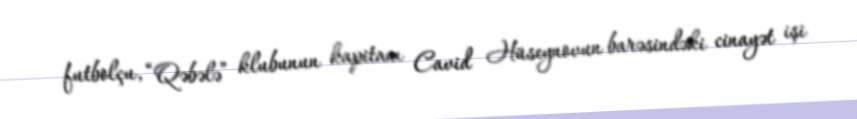
futbolçu, “Qəbələ” klubunun kapitanı Cavid Hüseynovun barəsindəki cinayət işi